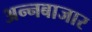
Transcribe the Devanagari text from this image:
अन्नबाजार